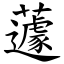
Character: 蘧